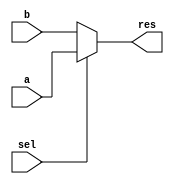
module PCMux(res, a, b, sel);
   input [31:0] a, b;
   input	sel;
   output [31:0] res;

   assign res = (sel) ? a:b;
endmodule // main